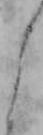
よ